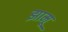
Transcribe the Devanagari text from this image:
झामू